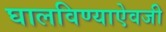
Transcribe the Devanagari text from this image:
घालविण्याऐवजी